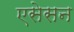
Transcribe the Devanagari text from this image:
एसेसन